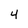
Character: 4